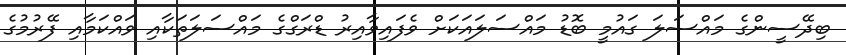
ބިދޭސީންގެ މައްސަލަ ގައުމީ ބޮޑު މައްސަލައަކަށް ވެފައިވާއިރު ޑްރަގްގެ މައްސަލަތަކާއި ވައްކަމާއި ފޭރުމުގެ